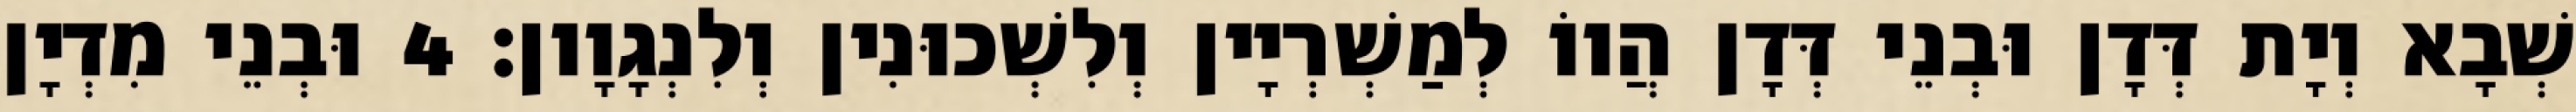
שְׁבָא וְיָת דְּדָן וּבְנֵי דְּדָן הֲווֹ לְמַשְׁרְיָין וְלִשְׁכוּנִין וְלִנְגָוָון׃ 4 וּבְנֵי מִדְיָן